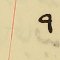
٩